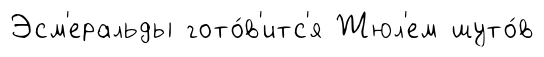
Эсм'еральды гото́в'итс'я Жюл'ем шуто́в